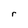
Character: r